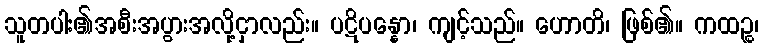
သူတပါး၏အစီးအပွားအလို့ငှာလည်း။ ပဋိပန္နော၊ ကျင့်သည်။ ဟောတိ၊ ဖြစ်၏။ ကထဉ္စ၊